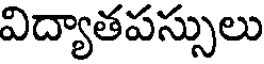
విద్యాతపస్సులు